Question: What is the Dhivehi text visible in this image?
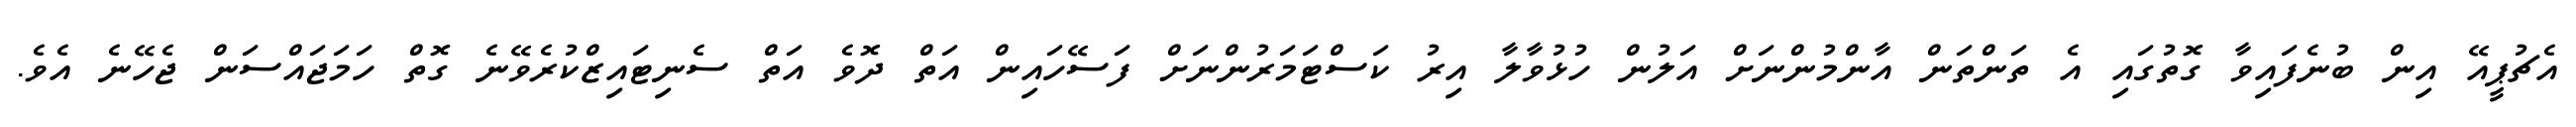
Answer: އެޗުޕީއޭ އިން ބުނެފައިވާ ގޮތުގައި އެ ތަންތަން އާންމުންނަށް އަލުން ހުޅުވާލާ އިރު ކަސްޓަމަރުންނަށް ފަސޭހައިން އަތް ދޮވެ އަތް ސެނިޓައިޒްކުރެވޭނެ ގޮތް ހަމަޖައްސަން ޖެހޭނެ އެވެ.